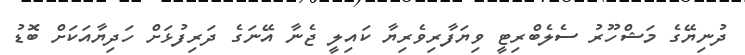
ދުނިޔޭގެ މަޝްހޫރު ސެލެބްރިޓީ ވިޔަފާރިވެރިޔާ ކައިލީ ޖެނާ އޭނަގެ ދަރިފުޅަށް ހަދިޔާއަކަށް ބޮޑު